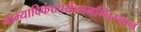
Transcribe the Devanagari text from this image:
नाभ्यादिकंठपर्यन्तमग्निस्थानं